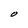
Character: O